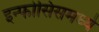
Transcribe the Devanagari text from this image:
इन्फोसिसमध्ये